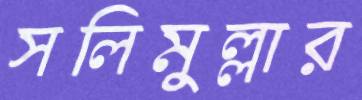
সলিমুল্লার